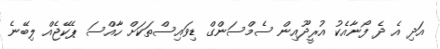
އަދި އެ ދެ ފޯނާއެކު އުރީދޫއިން ސެމްސަންގް ޑިވައިސްތަކަށް ހާއްސަ ޕެކޭޖެއް ލިބޭނެ